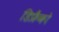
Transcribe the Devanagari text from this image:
डिफ्रैंको